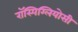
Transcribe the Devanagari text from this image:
रॉस्पिग्लियोसी